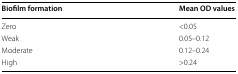
| Biofilm formation | Mean OD values |
 | --- | --- |
 | Zero | <0.05 |
 | Weak | 0.05–0.12 |
 | Moderate | 0.12–0.24 |
 | High | >0.24 |